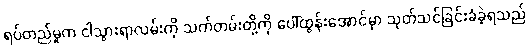
ရပ်တည်မှုက ငါသွားရာလမ်းကို သက်တမ်းတို့ကို ပေါ်ထွန်းအောင်မှာ သုတ်သင်ခြင်းခံခဲ့ရသည်